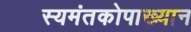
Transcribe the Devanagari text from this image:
स्यमंतकोपाख्यान